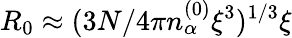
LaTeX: R_{0}\approx(3N/4\pi n_{\alpha}^{(0)}\xi^{3})^{1/3}\xi